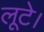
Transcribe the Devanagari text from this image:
लूटे।